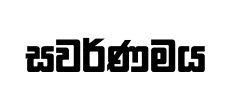
සවර්ණමය